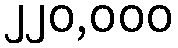
၂၂၀,၀၀၀